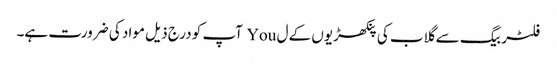
فلٹر بیگ سے گلاب کی پنکھڑیوں کے ل You آپ کو درج ذیل مواد کی ضرورت ہے۔